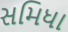
સમિધા